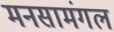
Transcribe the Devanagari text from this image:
मनसामंगल